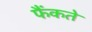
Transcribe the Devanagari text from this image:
फैंकते